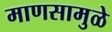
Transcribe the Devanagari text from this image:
माणसामुळे